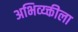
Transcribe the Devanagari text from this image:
अभिव्य्क्तीला